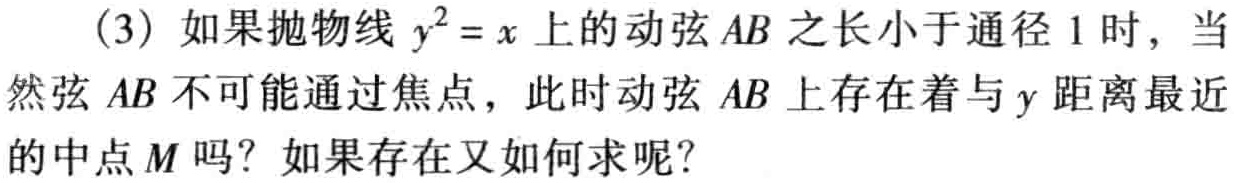
(3) 如果抛物线 \(y^{2}=x\) 上的动弦 \(AB\) 之长小于通径 \(1\) 时，当然弦 \(AB\) 不可能通过焦点，此时动弦 \(AB\) 上存在着与 \(y\) 距离最近的中点 \(M\) 吗？如果存在又如何求呢？